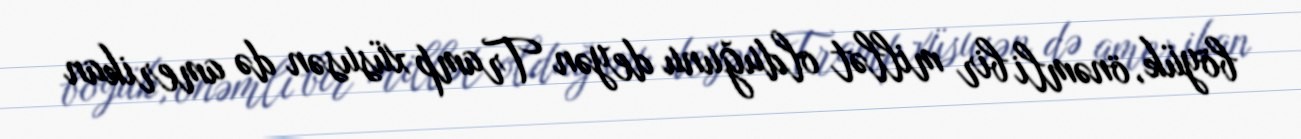
böyük, önəmli bir millət olduğunu deyən Tramp xüsusən də amerikan